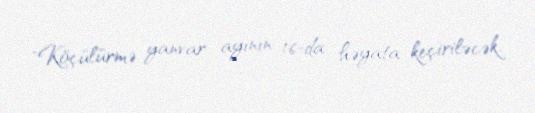
"Köçülürmə yanvar ayının 16-da həyata keçiriləcək.